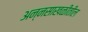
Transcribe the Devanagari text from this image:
अन्नसाखळीतील